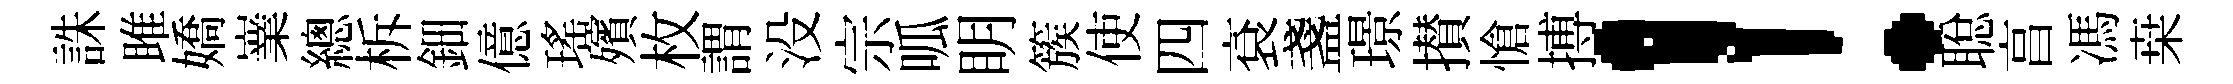
誅雎嬌嶪總柝鈿億瑤殯枚謂没宗呱眀簇使四袞盞璟攅愴搏！聪亯馮桒